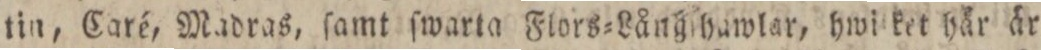
tin, Caré, Madras, ſamt ſwarta Flors=Långthawlar, hwilket här är